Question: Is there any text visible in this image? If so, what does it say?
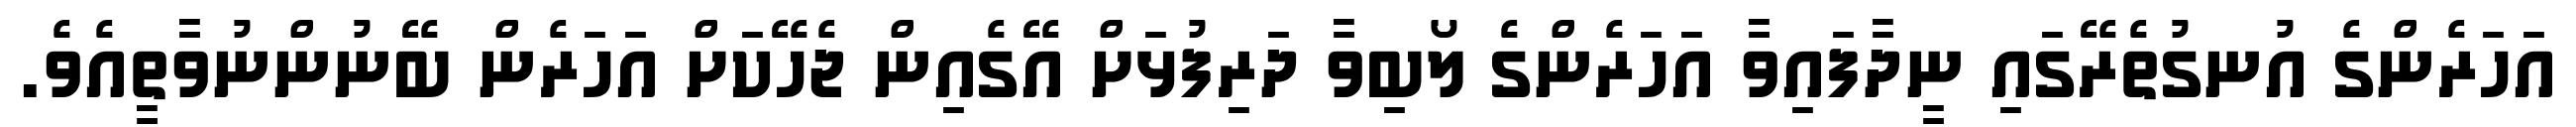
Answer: އަހަރެންގެ އުނގުތެރޭގައި ނީދާފައިވާ އަހަރެންގެ ލޯބިވާ ދަރިފުޅަށް އޭގެއިން ޖެހޭކަށް އަހަރެން ބޭނުންނުވާތީއެވެ.